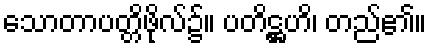
သောတာပတ္တိဖိုလ်၌။ ပတိဋ္ဌဟိ၊ တည်၏။